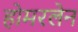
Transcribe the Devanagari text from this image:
होमरलेन